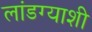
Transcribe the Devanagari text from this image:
लांडग्याशी